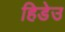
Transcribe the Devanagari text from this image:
हिडेउ